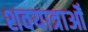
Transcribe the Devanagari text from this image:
शवयात्राओँ